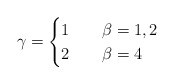
\begin{align*}\gamma=\begin{cases}1 & \quad\beta=1,2 \\2 & \quad\beta=4\end{cases}\end{align*}